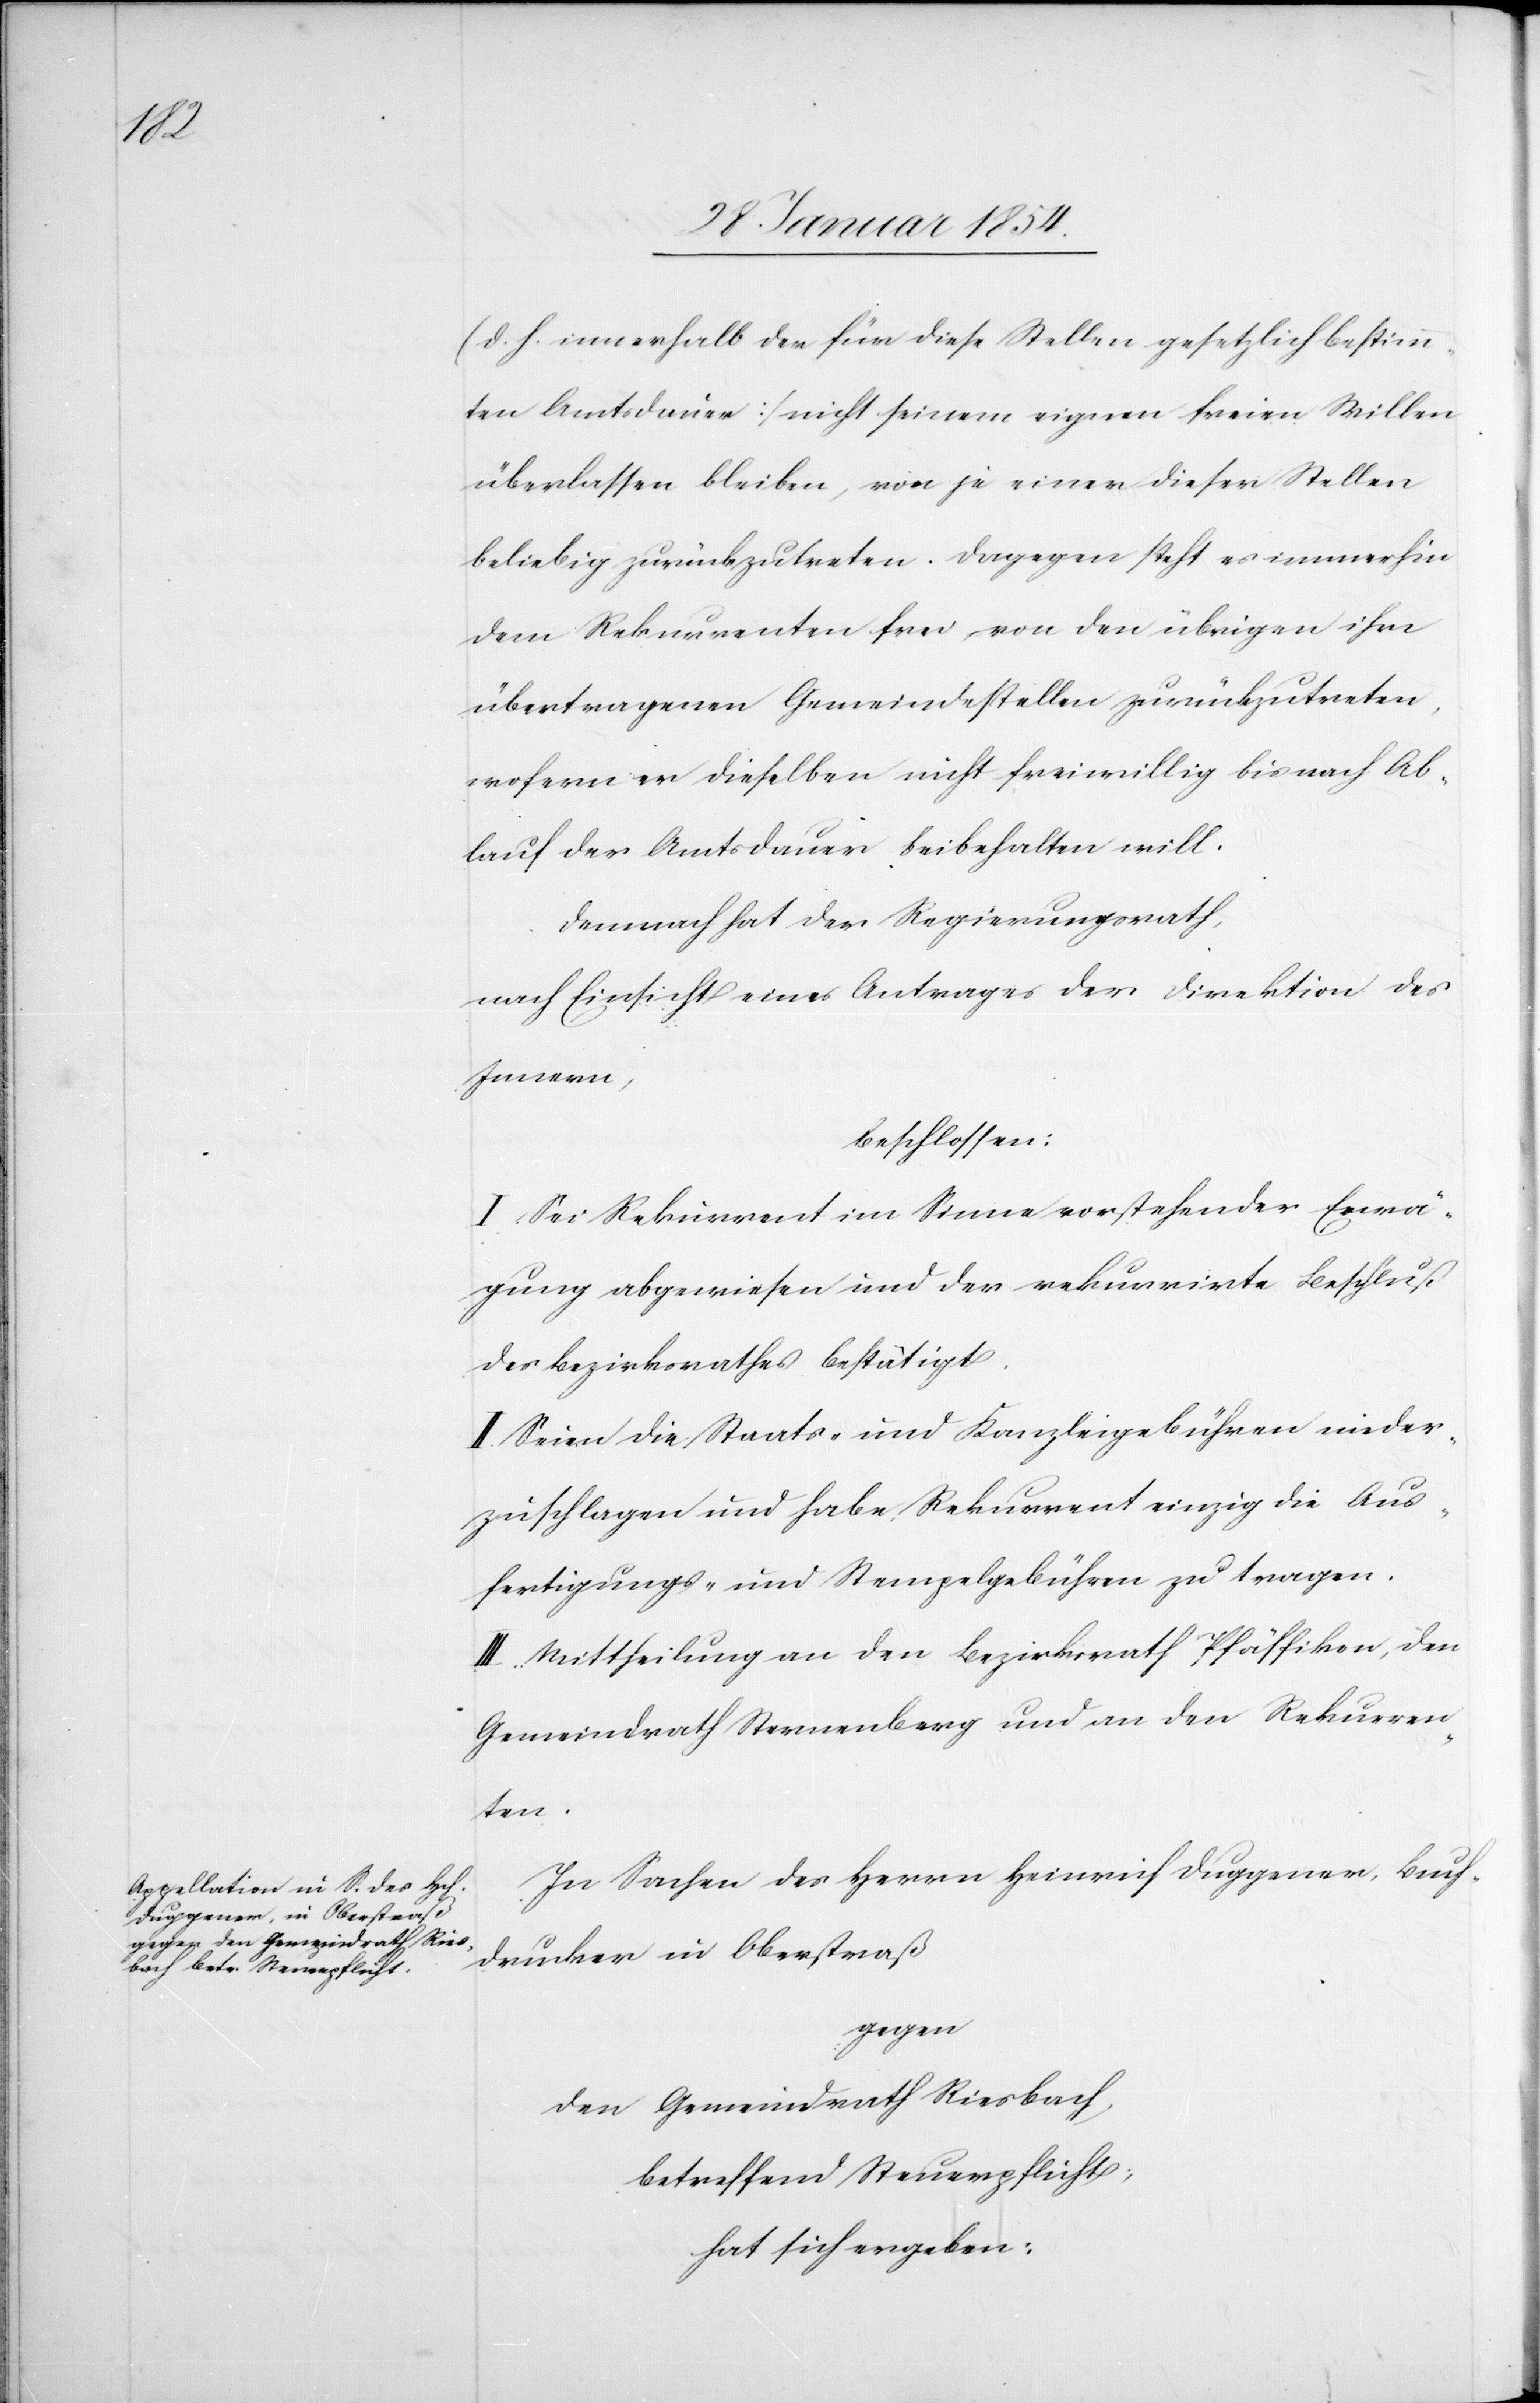
(d. h. innerhalb der für diese Stellen gesetzlich bestimm¬
ten Amtsdauer) nicht seinem eigenen freien Willen
überlassen bleiben, von je einer dieser Stellen
beliebig zurückzutreten. Dagegen steht es immerhin
dem Rekurrenten frei, von den übrigen ihm
übertragenen Gemeindestellen zurückzutreten,
wofern er dieselben nicht freiwillig bis nach Ab¬
lauf der Amtsdauer beibehalten will.
Demnach hat der Regierungsrath,
nach Einsicht eines Antrages der Direktion des
Innern,
beschlossen:
I. Sei Rekurrent im Sinne vorstehender Erwä¬
gung abgewiesen und der rekurrirte Beschluß
des Bezirksrathes bestätigt.
II. Seien die Staats- und Kanzleigebühren nieder¬
zuschlagen und habe Rekurrent einzig die Aus¬
fertigungs- und Stempelgebühren zu tragen.
III. Mittheilung an den Bezirksrath Pfäffikon, den
Gemeindrath Sternenberg und an den Rekurren¬
ten.
In Sachen des Herrn Heinrich Duggener, Buch¬
drucker in Oberstraß
gegen
den Gemeindrath Riesbach,
betreffend Steuerpflicht,
hat sich ergeben: